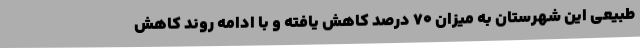
طبیعی این شهرستان به میزان ۷۰ درصد کاهش یافته و با ادامه روند کاهش